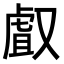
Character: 𠭯